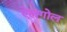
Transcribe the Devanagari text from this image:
ऐलगोल